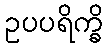
ဥပပရိက္ခိ